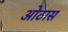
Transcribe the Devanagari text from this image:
ओठास